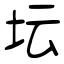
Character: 坛